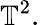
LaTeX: \mathbb{T}^{2}.